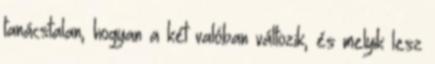
tanácstalan, hogyan a két valóban változik, és melyik lesz